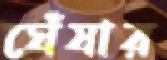
ঘেঁষার